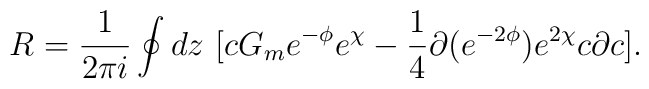
R = \frac{1}{2\pi i}\oint dz~[c G_m e^{-\phi}e^{\chi} - \frac{1}{4}\partial (e^{-2\phi})e^{2\chi} c \partial c].